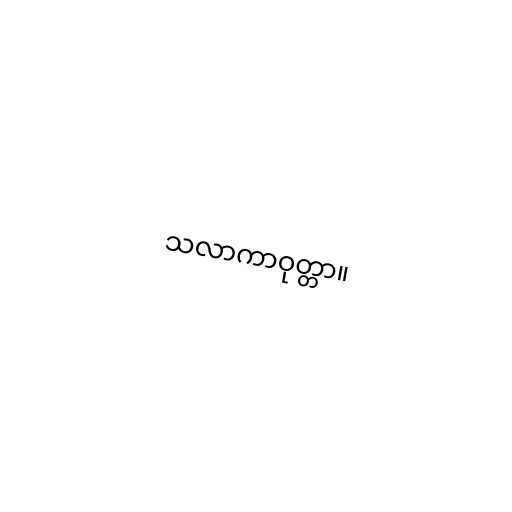
သလာကာဝုတ္တာ။